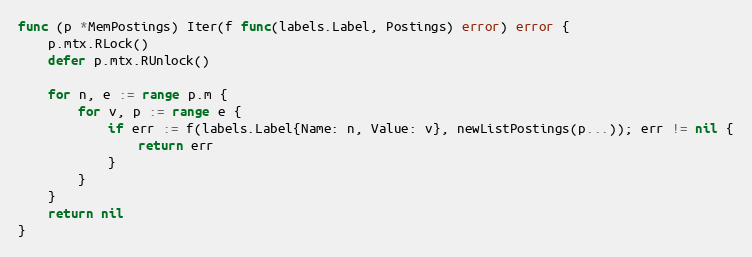
Language: Go
func (p *MemPostings) Iter(f func(labels.Label, Postings) error) error {
	p.mtx.RLock()
	defer p.mtx.RUnlock()

	for n, e := range p.m {
		for v, p := range e {
			if err := f(labels.Label{Name: n, Value: v}, newListPostings(p...)); err != nil {
				return err
			}
		}
	}
	return nil
}